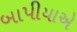
બાપીયાએ